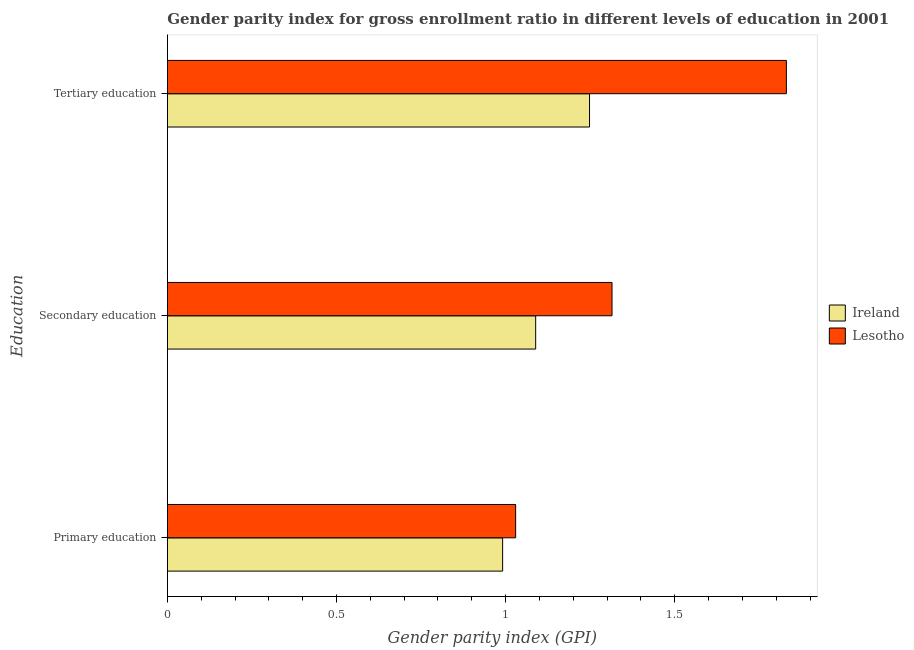
| Education | Ireland | Lesotho |
 | --- | --- | --- |
 | Primary education | 0.991 | 1.03 |
 | Secondary education | 1.09 | 1.31 |
 | Tertiary education | 1.25 | 1.83 |